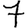
Digit: 7